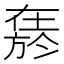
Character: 𱗬